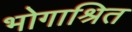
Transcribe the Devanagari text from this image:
भोगाश्रित